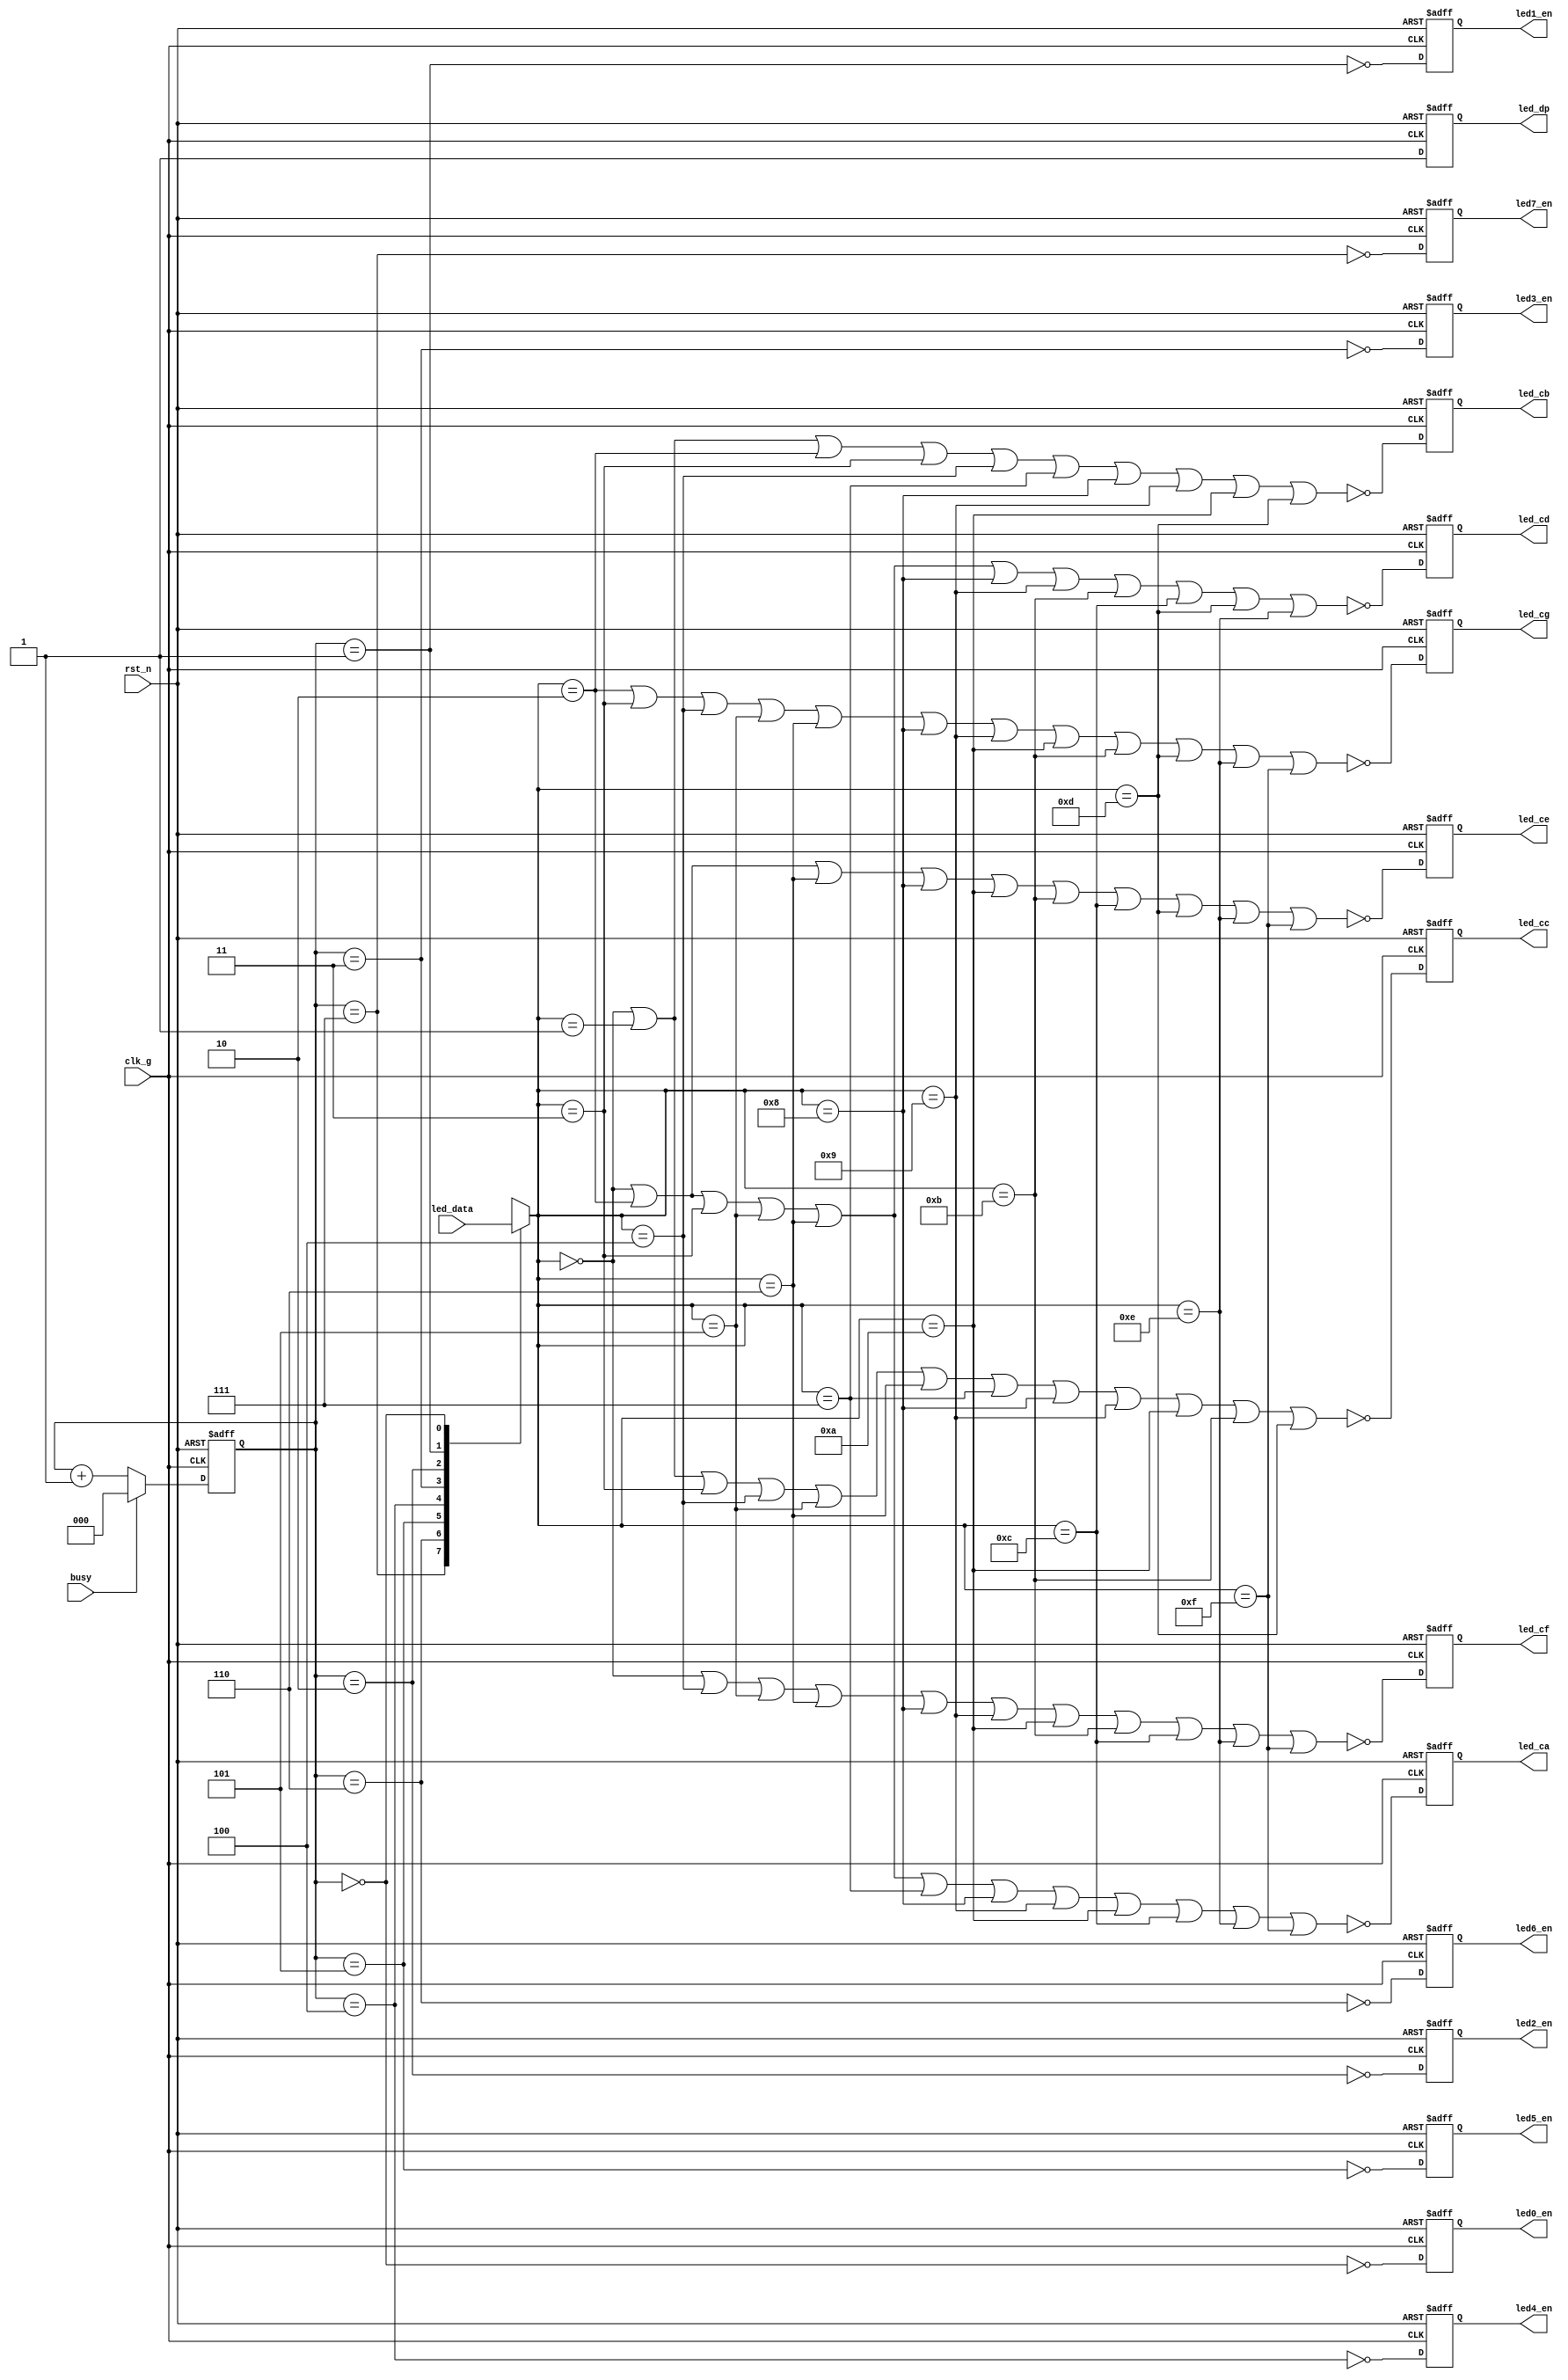
//
module led_display_ctrl (
    input  wire       clk_g  ,
    input  wire       rst_n  ,
    input  wire       busy   ,
    input  wire [31:0] led_data,
    output reg        led0_en,
    output reg        led1_en,
    output reg        led2_en,
    output reg        led3_en,
    output reg        led4_en,
    output reg        led5_en,
    output reg        led6_en,
    output reg        led7_en,
    output reg        led_ca ,
    output reg        led_cb ,
    output reg        led_cc ,
    output reg        led_cd ,
    output reg        led_ce ,
    output reg        led_cf ,
    output reg        led_cg ,
    output reg        led_dp
);


reg [16:0] cnt;


reg [2:0] led_cnt;//led

always @ (posedge clk_g or negedge rst_n) begin
    if (~rst_n)    led_cnt <= 3'h0;
    else if (busy) led_cnt <= 3'h0;
    else           led_cnt <= led_cnt + 3'h1;
end

wire led0_en_d = ~(led_cnt == 3'h0);
wire led1_en_d = ~(led_cnt == 3'h1);
wire led2_en_d = ~(led_cnt == 3'h2);
wire led3_en_d = ~(led_cnt == 3'h3);
wire led4_en_d = ~(led_cnt == 3'h4);
wire led5_en_d = ~(led_cnt == 3'h5);
wire led6_en_d = ~(led_cnt == 3'h6);
wire led7_en_d = ~(led_cnt == 3'h7);

always @ (posedge clk_g or negedge rst_n) begin
    if (~rst_n) led0_en <= 1'b1;
    else        led0_en <= led0_en_d;
end

always @ (posedge clk_g or negedge rst_n) begin
    if (~rst_n) led1_en <= 1'b1;
    else        led1_en <= led1_en_d;
end

always @ (posedge clk_g or negedge rst_n) begin
    if (~rst_n) led2_en <= 1'b1;
    else        led2_en <= led2_en_d;
end

always @ (posedge clk_g or negedge rst_n) begin
    if (~rst_n) led3_en <= 1'b1;
    else        led3_en <= led3_en_d;
end

always @ (posedge clk_g or negedge rst_n) begin
    if (~rst_n) led4_en <= 1'b1;
    else        led4_en <= led4_en_d;
end

always @ (posedge clk_g or negedge rst_n) begin
    if (~rst_n) led5_en <= 1'b1;
    else        led5_en <= led5_en_d;
end

always @ (posedge clk_g or negedge rst_n) begin
    if (~rst_n) led6_en <= 1'b1;
    else        led6_en <= led6_en_d;
end

always @ (posedge clk_g or negedge rst_n) begin
    if (~rst_n) led7_en <= 1'b1;
    else        led7_en <= led7_en_d;
end


//
reg [3:0] led_display;

always @ (*) begin
    case (led_cnt)
        3'h7 : led_display = led_data[31:28];
        3'h6 : led_display = led_data[27:24];
        3'h5 : led_display = led_data[23:20];
        3'h4 : led_display = led_data[19:16]; 
        3'h3 : led_display = led_data[15:12];
        3'h2 : led_display = led_data[11:8];
        3'h1 : led_display = led_data[7:4];
        3'h0 : led_display = led_data[3:0];
        default : led_display <= 4'h0;
    endcase
end

// test
// always @ (*) begin
//     case (led_cnt)
//         3'h7 : led_display = 1;
//         3'h6 : led_display = 2;
//         3'h5 : led_display = 3;
//         3'h4 : led_display = 4; 
//         3'h3 : led_display = 5;
//         3'h2 : led_display = 6;
//         3'h1 : led_display = 7;
//         3'h0 : led_display = 8;
//         default : led_display <= 4'h0;
//     endcase
// end

wire eq0 = (led_display == 4'h0);
wire eq1 = (led_display == 4'h1);
wire eq2 = (led_display == 4'h2);
wire eq3 = (led_display == 4'h3);
wire eq4 = (led_display == 4'h4);
wire eq5 = (led_display == 4'h5);
wire eq6 = (led_display == 4'h6);
wire eq7 = (led_display == 4'h7);
wire eq8 = (led_display == 4'h8);
wire eq9 = (led_display == 4'h9);
wire eqa = (led_display == 4'ha);
wire eqb = (led_display == 4'hb);
wire eqc = (led_display == 4'hc);
wire eqd = (led_display == 4'hd);
wire eqe = (led_display == 4'he);
wire eqf = (led_display == 4'hf);

wire led_ca_d = ~(eq0 | eq2 | eq3 | eq5 | eq6 | eq7 | eq8 | eq9 | eqa | eqc | eqe | eqf);
wire led_cb_d = ~(eq0 | eq1 | eq2 | eq3 | eq4 | eq7 | eq8 | eq9 | eqa | eqd);
wire led_cc_d = ~(eq0 | eq1 | eq3 | eq4 | eq5 | eq6 | eq7 | eq8 | eq9 | eqa | eqb | eqd);
wire led_cd_d = ~(eq0 | eq2 | eq3 | eq5 | eq6 | eq8 | eq9 | eqb | eqc | eqd | eqe);
wire led_ce_d = ~(eq0 | eq2 | eq6 | eq8 | eqa | eqb | eqc | eqd | eqe | eqf);
wire led_cf_d = ~(eq0 | eq4 | eq5 | eq6 | eq8 | eq9 | eqa | eqb | eqc | eqe | eqf);
wire led_cg_d = ~(eq2 | eq3 | eq4 | eq5 | eq6 | eq8 | eq9 | eqa | eqb | eqd | eqe | eqf);
wire led_dp_d = 1; 

always @ (posedge clk_g or negedge rst_n) begin
    if (~rst_n) led_ca <= 1'b0;
    else        led_ca <= led_ca_d;
end

always @ (posedge clk_g or negedge rst_n) begin
    if (~rst_n) led_cb <= 1'b0;
    else        led_cb <= led_cb_d;
end

always @ (posedge clk_g or negedge rst_n) begin
    if (~rst_n) led_cc <= 1'b0;
    else        led_cc <= led_cc_d;
end

always @ (posedge clk_g or negedge rst_n) begin
    if (~rst_n) led_cd <= 1'b0;
    else        led_cd <= led_cd_d;
end

always @ (posedge clk_g or negedge rst_n) begin
    if (~rst_n) led_ce <= 1'b0;
    else        led_ce <= led_ce_d;
end

always @ (posedge clk_g or negedge rst_n) begin
    if (~rst_n) led_cf <= 1'b0;
    else        led_cf <= led_cf_d;
end

always @ (posedge clk_g or negedge rst_n) begin
    if (~rst_n) led_cg <= 1'b0;
    else        led_cg <= led_cg_d;
end

always @ (posedge clk_g or negedge rst_n) begin
    if (~rst_n) led_dp <= 1'b1;
    else        led_dp <= led_dp_d;
end

endmodule